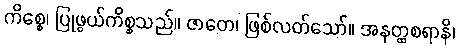
ကိစ္စေ၊ ပြုဖွယ်ကိစ္စသည်။ ဇာတေ၊ ဖြစ်လတ်သော်။ အနတ္ထစရာနိ၊